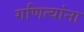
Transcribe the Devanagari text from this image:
गणित्यांना